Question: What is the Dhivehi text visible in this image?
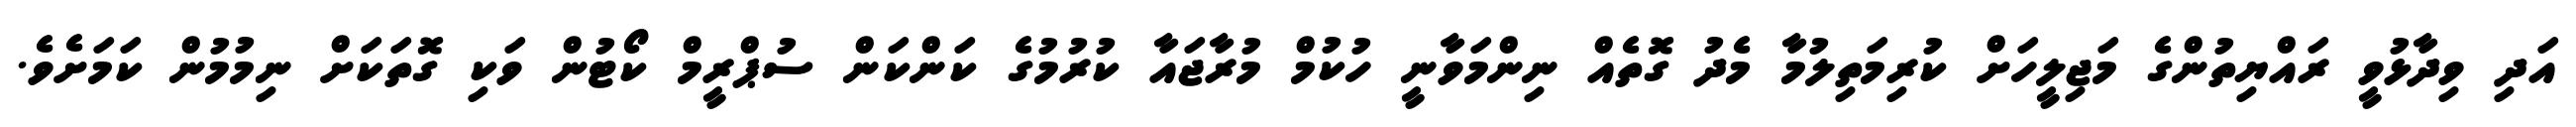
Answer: އަދި ވިދާޅުވީ ރައްޔިތުންގެ މަޖިލީހަށް ކުރިމަތިލުމާ މެދު ގޮތެއް ނިންމަވާނީ ހުކުމް މުރާޖައާ ކުރުމުގެ ކަންކަން ސުޕްރީމް ކޯޓުން ވަކި ގޮތަކަށް ނިމުމުން ކަމަށެވެ.